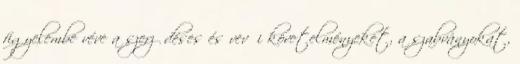
figyelembe véve a szerződéses és vevői követelményeket, a szabványokat,